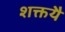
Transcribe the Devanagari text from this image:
शक्तयै